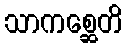
သာကစ္ဆေတိ